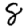
Digit: 8